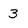
Character: 3